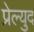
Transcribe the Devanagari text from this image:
प्रेल्युद